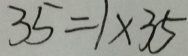
3 5 = 1 \times 3 5